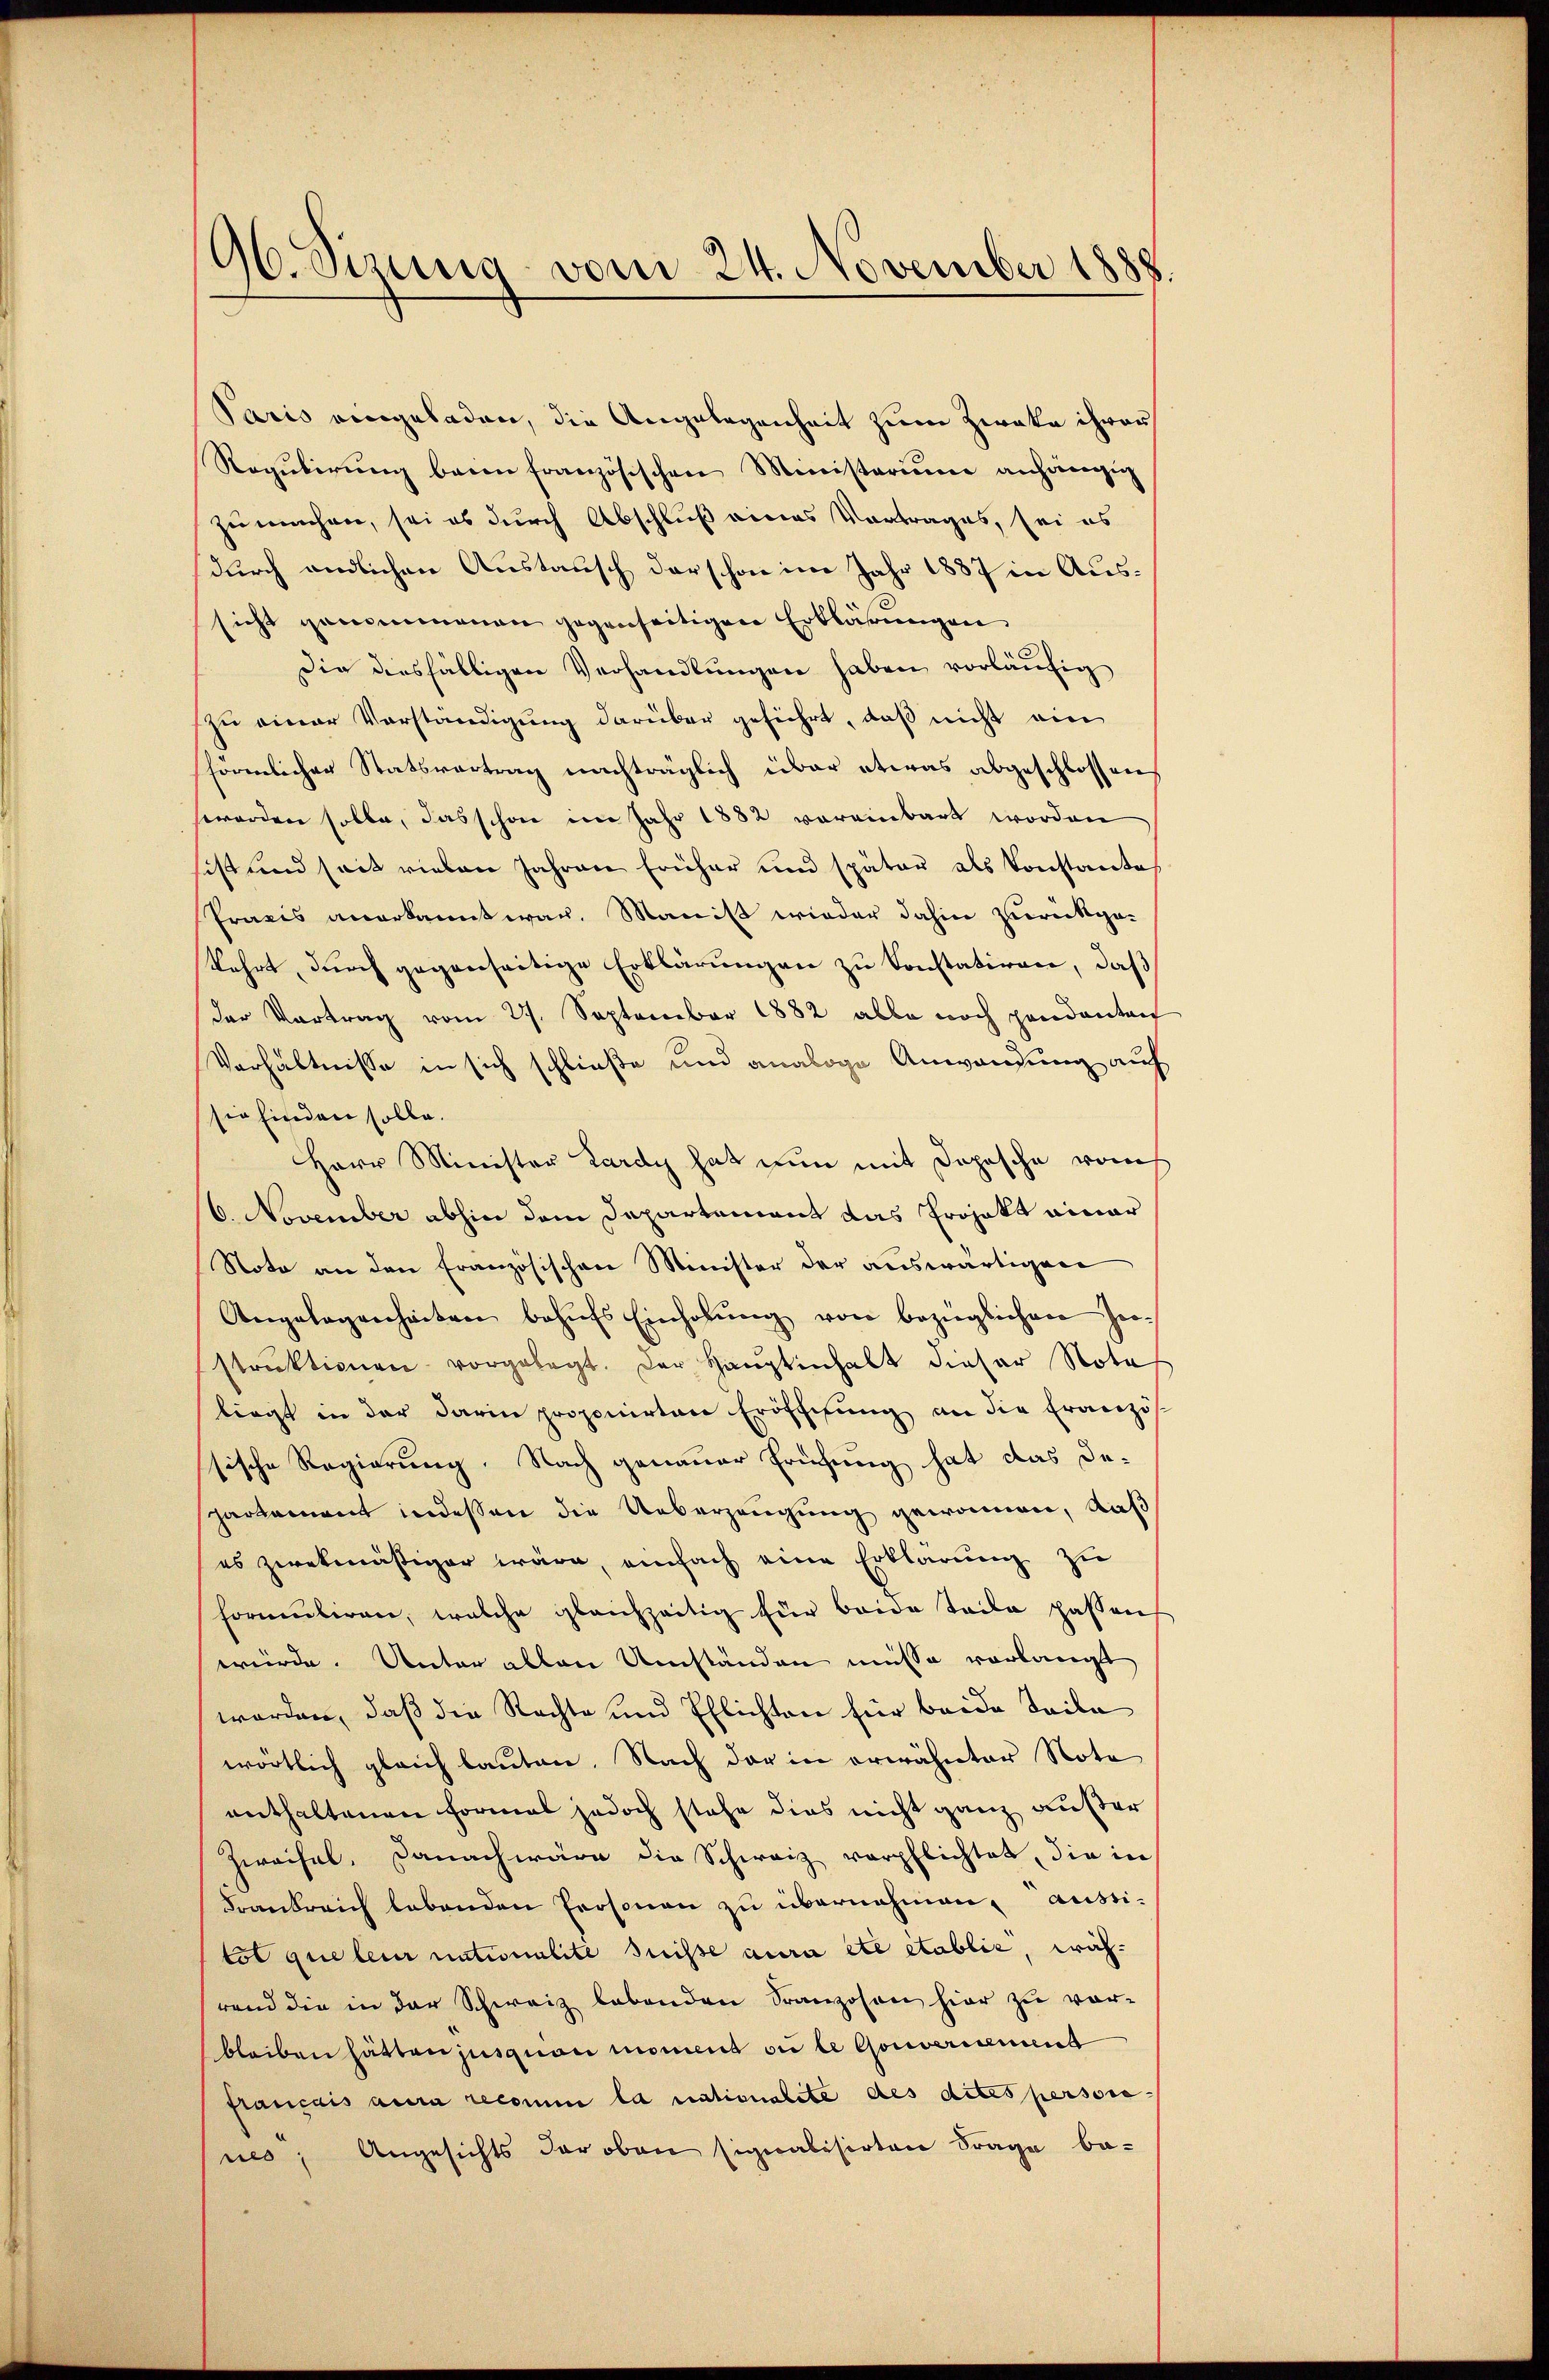
96. Sizung vom 24. November 1888.

Paris eingeladen, die Angelegenheit zum Zwaka ihrer
Reqŭbirŭng beim französischen Ministerium anhängig
zu machen, sei es durch Abschluß eines Vortrages, sei es
durch endlichen Austausch derschon im Jahr 1887 in Aussicht genommenen gegenseitigen Erklärŭngen
Die dersfälligen Verhandlungen haben vorläufig
zu einer Vorständigung darüber geführt, daß nicht ein
förmlicher Statsvertrag nachträglich über etwas abgeschlossen
worden solle, das schon im Jahr 1882 voreinbart worden
sist und seit rieben Jahren früher und später als Konstante
Praxis anerkannt war. Manis wieder dahin zurückge-
kehrt, durch gegenseitige Erklärungen zu konstatiren, daß
der Vortrag vom 27. September 1882 alle noch pendanten
Verhältnisse in sich schließe und analoge Anwendung auf
sie finden solle.
Herr Minister Lardy hat nun mit Depesche von
6. November abhin dem Departement das Projekt einer
Noto an den Französischen Minister der auswärtigen
Angelegenheiten behŭfs Einholŭng von bezüglichen Her-
strŭktionen vorgelegt. Der Haŭptinhalt dieser Nota
liegt in der darin proponirten Eröffnung an die Französ
sische Regierung. Nach genauer Prüfung hat das De-
partement indessen die Ueberzeugung gewonnen, daß
es zwekmäßiger wäre, einfach eine Erklärung zu
formŭliren, welche gleichzeitig für beide Teile passens
würde. Unter allen Umständen müsse verlangt
worden, daß die Rechte und Pflichten hier beide Teile
wörtlich gleich lauten. Nach der in erwähnter Nota
enthaltenen Formal jedoch stehe dies nicht ganz außer
Zweifel, Danach wäre die Schweiz verpflichtet, die in
Frankreich lebenden Personen zu übernehmen, aussi-
tot que leur nationalité suisse aura etc etablie, während die in der Schweiz lebenden Franzosen hier zu vor-
bleiben hätten jusquon moment ou le Gouvernement
français aura recomme la nationalite des dites persone
nes; Angesichts der oben signalisirten Frage be-